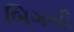
બિગબી